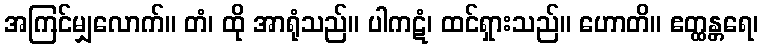
အကြင်မျှလောက်။ တံ၊ ထို အာရုံသည်။ ပါကဋံ၊ ထင်ရှားသည်။ ဟောတိ။ ဧတ္ထန္တရေ၊